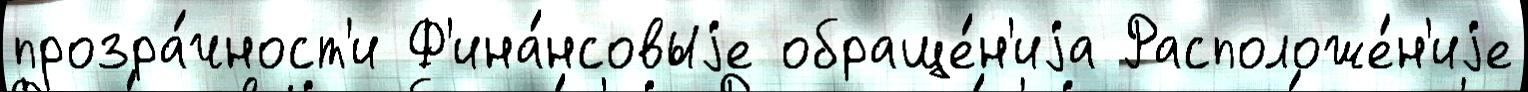
прозра́чност'и Ф'ина́нсовыjе обраще́н'иjа Расположе́н'иjе